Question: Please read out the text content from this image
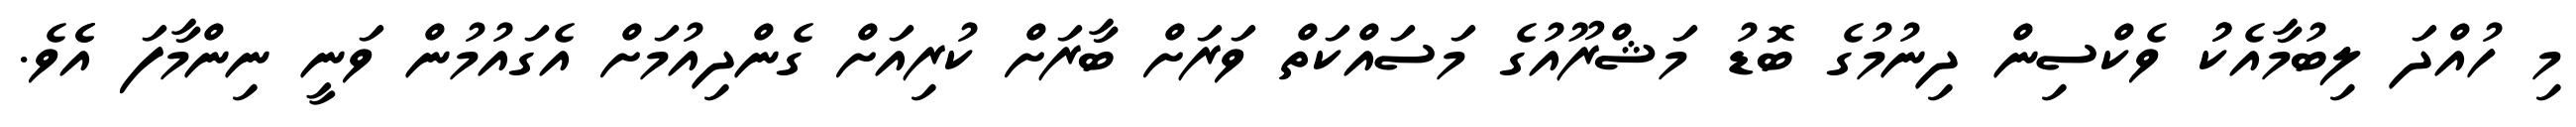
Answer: މި ހުއްދަ ލިބުމާއެކުު ވެކްސިން ދިނުމުގެ ބޮޑު މަޝްރޫއުގެ މަސައްކަތް ވަރަށް ބާރަށް ކުރިއަށް ގެންދިއުމަށް އެގައުމުން ވަނީ ނިންމާފަ އެެވެ.